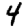
Digit: 4